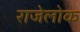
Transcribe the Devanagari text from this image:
राजेलोक